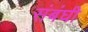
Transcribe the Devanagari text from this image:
संबंघी